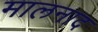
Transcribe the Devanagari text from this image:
मालनाद